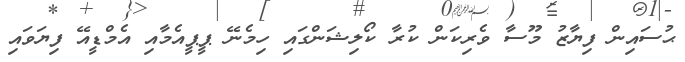
ޙުސައިން ފިޔާޒު މޫސާ ވެރިކަން ކުރާ ކޯލިޝަންގައި ހިމެނޭ ޕީޕީއެމާއި އެމްޑީއޭ ފިޔަވައި